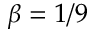
\beta = 1 / 9